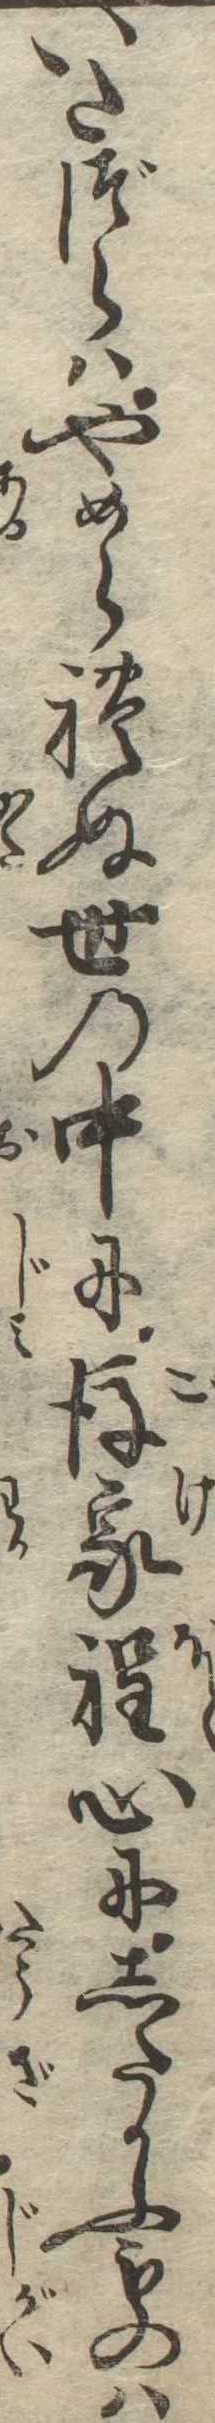
いたづらはやめられぬ世の中に後家程心にしたかふものは